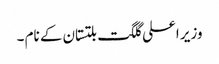
وزیر اعلی گلگت بلتستان کے نام ۔